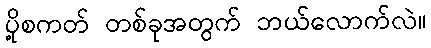
ပို့စကတ် တစ်ခုအတွက် ဘယ်လောက်လဲ။